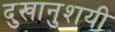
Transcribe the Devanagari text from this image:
दुखानुशयी